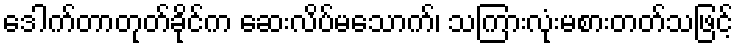
ဒေါက်တာတုတ်ခိုင်က ဆေးလိပ်မသောက်၊ သကြားလုံးမစားတတ်သဖြင့်